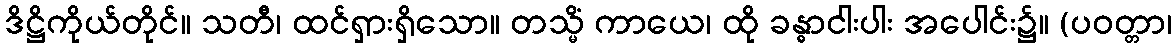
ဒိဋ္ဌိကိုယ်တိုင်။ သတီ၊ ထင်ရှားရှိသော။ တသ္မိံ ကာယေ၊ ထို ခန္ဓာငါးပါး အပေါင်း၌။ (ပဝတ္တာ၊